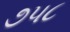
૭૫૮